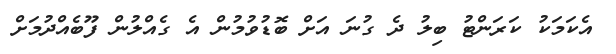
އެކަމަކު ކަރަންޓު ބިލު ދެ ގުނަ އަށް ބޮޑުވުމުން އެ ގެއްލުން ފޫބެއްދުމަށް